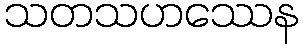
သတသဟဿေန